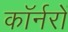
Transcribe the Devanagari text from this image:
कॉर्नरों